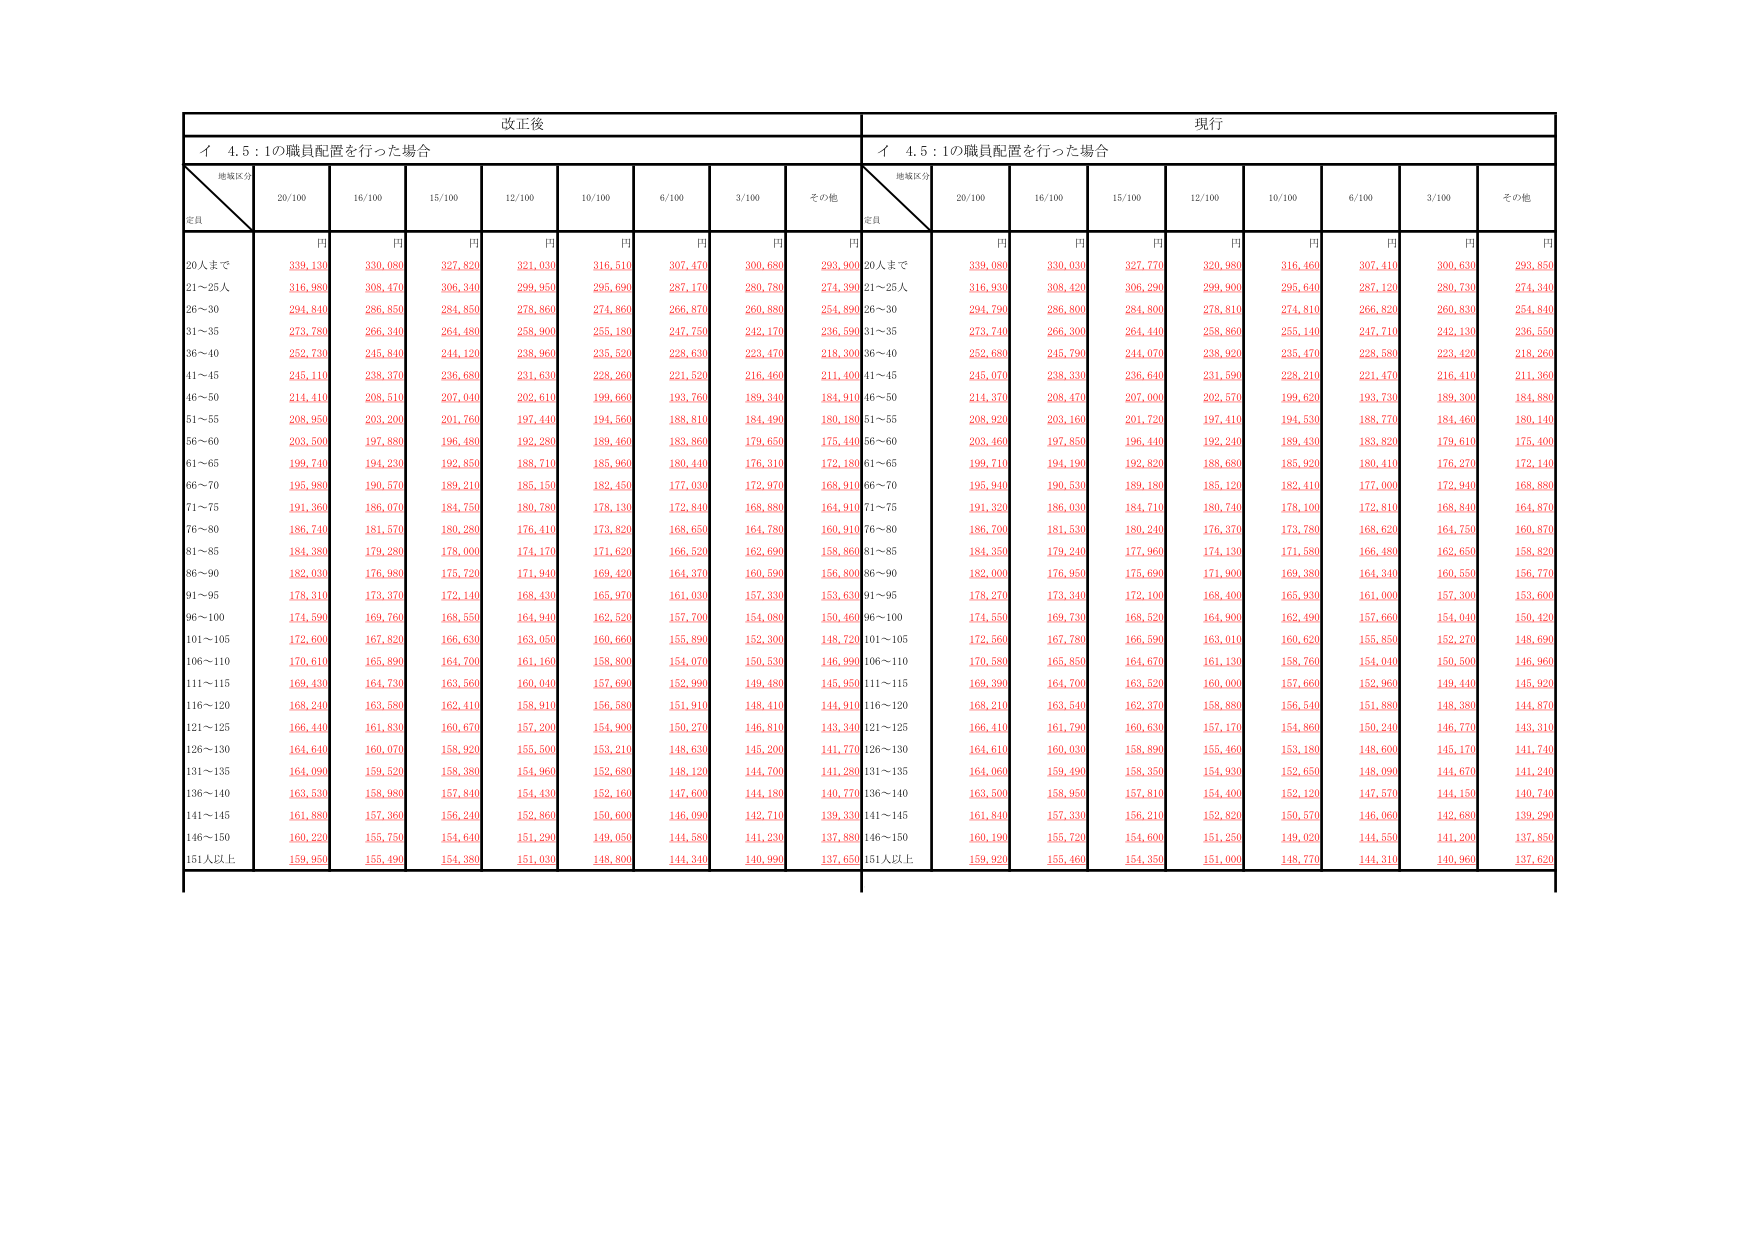
改正後
現行
イ 4.5：1の職員配置を行った場合
イ 4.5：1の職員配置を行った場合
地域区分
定員
20/100
16/100
15/100
12/100
10/100
6/100
3/100
その他
地域区分
定員
20/100
16/100
15/100
12/100
10/100
6/100
3/100
その他
円
円
円
円
円
円
円
円
円
円
円
円
円
円
円
円
円
円
20人まで
339,130
330,080
327,820
321,030
316,510
307,470
300,680
293,900
20人まで
339,080
330,030
327,770
320,980
316,460
307,410
300,630
293,850
21～25人
316,980
308,470
306,340
299,950
295,690
287,170
280,780
274,390
21～25人
316,930
308,420
306,290
299,900
295,640
287,120
280,730
274,340
26～30
294,840
286,850
284,850
278,860
274,860
266,870
260,880
254,890
26～30
294,790
286,800
284,800
278,810
274,810
266,820
260,830
254,840
31～35
273,780
266,340
264,480
258,900
255,180
247,750
242,170
236,590
31～35
273,740
266,300
264,440
258,860
255,140
247,710
242,130
236,550
36～40
252,730
245,840
244,120
238,960
235,520
228,630
223,470
218,300
36～40
252,680
245,790
244,070
238,920
235,470
228,580
223,420
218,260
41～45
245,110
238,370
236,680
231,630
228,260
221,520
216,460
211,400
41～45
245,070
238,330
236,640
231,590
228,210
221,470
216,410
211,360
46～50
214,410
208,510
207,040
202,610
199,660
193,760
189,340
184,910
46～50
214,370
208,470
207,000
202,570
199,620
193,730
189,300
184,880
51～55
208,950
203,200
201,760
197,440
194,560
188,810
184,490
180,180
51～55
208,920
203,160
201,720
197,410
194,530
188,770
184,460
180,140
56～60
203,500
197,880
196,480
192,280
189,460
183,860
179,650
175,440
56～60
203,460
197,850
196,440
192,240
189,430
183,820
179,610
175,400
61～65
199,740
194,230
192,850
188,710
185,960
180,440
176,310
172,180
61～65
199,710
194,190
192,820
188,680
185,920
180,410
176,270
172,140
66～70
195,980
190,570
189,210
185,150
182,450
177,030
172,970
168,910
66～70
195,940
190,530
189,180
185,120
182,410
177,000
172,940
168,880
71～75
191,360
186,070
184,750
180,780
178,130
172,840
168,880
164,910
71～75
191,320
186,030
184,710
180,740
178,100
172,810
168,840
164,870
76～80
186,740
181,570
180,280
176,410
173,820
168,650
164,780
160,910
76～80
186,700
181,530
180,240
176,370
173,780
168,620
164,750
160,870
81～85
184,380
179,280
178,000
174,170
171,620
166,520
162,690
158,860
81～85
184,350
179,240
177,960
174,130
171,580
166,480
162,650
158,820
86～90
182,030
176,980
175,720
171,940
169,420
164,370
160,590
156,800
86～90
182,000
176,950
175,690
171,900
169,380
164,340
160,550
156,770
91～95
178,310
173,370
172,140
168,430
165,970
161,030
157,330
153,630
91～95
178,270
173,340
172,100
168,400
165,930
161,000
157,300
153,600
96～100
174,590
169,760
168,550
164,940
162,520
157,700
154,080
150,460
96～100
174,550
169,730
168,520
164,900
162,490
157,660
154,040
150,420
101～105
172,600
167,820
166,630
163,050
160,660
155,890
152,300
148,720
101～105
172,560
167,780
166,590
163,010
160,620
155,850
152,270
148,690
106～110
170,610
165,890
164,700
161,160
158,800
154,070
150,530
146,990
106～110
170,580
165,850
164,670
161,130
158,760
154,040
150,500
146,960
111～115
169,430
164,730
163,560
160,040
157,690
152,990
149,480
145,950
111～115
169,390
164,700
163,520
160,000
157,660
152,960
149,440
145,920
116～120
168,240
163,580
162,410
158,910
156,580
151,910
148,410
144,910
116～120
168,210
163,540
162,370
158,880
156,540
151,880
148,380
144,870
121～125
166,440
161,830
160,670
157,200
154,900
150,270
146,810
143,340
121～125
166,410
161,790
160,630
157,170
154,860
150,240
146,770
143,310
126～130
164,640
160,070
158,920
155,500
153,240
148,630
145,200
141,770
126～130
164,610
160,030
158,890
155,460
153,180
148,600
145,170
141,740
131～135
164,090
159,520
158,380
154,960
152,680
148,120
144,700
141,280
131～135
164,060
159,490
158,350
154,930
152,650
148,090
144,670
141,240
136～140
163,530
158,980
157,840
154,430
152,160
147,600
144,180
140,770
136～140
163,500
158,950
157,810
154,400
152,120
147,570
144,150
140,740
141～145
161,880
157,360
156,240
152,860
150,600
146,090
142,710
139,330
141～145
161,840
157,330
156,210
152,820
150,570
146,060
142,680
139,290
146～150
160,220
155,750
154,640
151,290
149,050
144,580
141,230
137,880
146～150
160,190
155,720
154,600
151,250
149,020
144,550
141,200
137,850
151人以上
159,950
155,490
154,380
151,030
148,800
144,340
140,990
137,650
151人以上
159,920
155,460
154,350
151,000
148,770
144,310
140,960
137,620